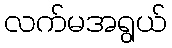
လက်မအရွယ်